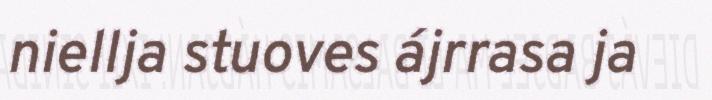
niellja stuoves ájrrasa ja